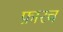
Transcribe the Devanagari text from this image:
फ़ारच